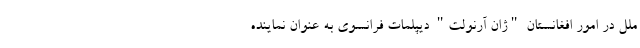
ملل در امور افغانستان "ژان آرنولت" دیپلمات فرانسوی به‌ عنوان نماینده‌